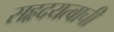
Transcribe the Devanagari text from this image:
सहृदयत्वाची